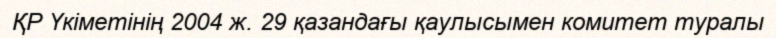
ҚР Үкіметінің 2004 ж. 29 қазандағы қаулысымен комитет туралы